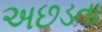
અછડતા